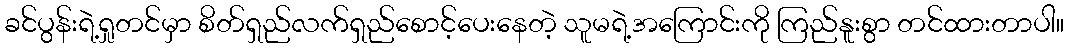
ခင်ပွန်းရဲ့ရှုတင်မှာ စိတ်ရှည်လက်ရှည်စောင့်ပေးနေတဲ့ သူမရဲ့အကြောင်းကို ကြည်နူးစွာ တင်ထားတာပါ။